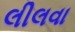
લીલવા